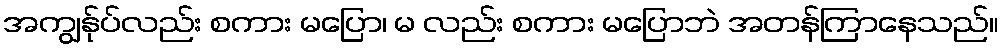
အကျွန်ုပ်လည်း စကား မပြော၊ မ လည်း စကား မပြောဘဲ အတန်ကြာနေသည်။